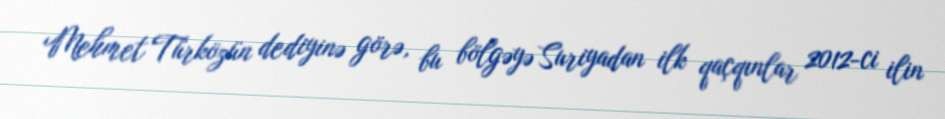
Mehmet Türközün dediyinə görə, bu bölgəyə Suriyadan ilk qaçqınlar 2012-ci ilin